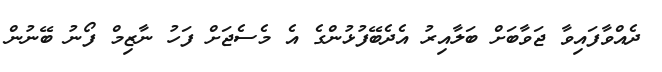
ދެއްވާފައިވާ ޖަވާބަށް ބަލާއިރު އެދެބޭފުޅުންގެ އެ މެސެޖަށް ފަހު ނާޒިމް ފޯނު ބޭނުން